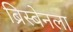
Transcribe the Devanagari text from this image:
ब्रिस्बेनला